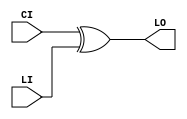
// This program was cloned from: https://github.com/jhshi/openofdm
// License: Apache License 2.0

// $Header: /devl/xcs/repo/env/Databases/CAEInterfaces/verunilibs/data/unisims/XORCY_L.v,v 1.6 2007/05/23 21:43:44 patrickp Exp $
///////////////////////////////////////////////////////////////////////////////
// Copyright (c) 1995/2004 Xilinx, Inc.
// All Right Reserved.
///////////////////////////////////////////////////////////////////////////////
//   ____  ____
//  /   /\/   /
// /___/  \  /    Vendor : Xilinx
// \   \   \/     Version : 10.1
//  \   \         Description : Xilinx Functional Simulation Library Component
//  /   /                  XOR for Carry Logic with Local Output
// /___/   /\     Filename : XORCY_L.v
// \   \  /  \    Timestamp : Thu Mar 25 16:43:42 PST 2004
//  \___\/\___\
//
// Revision:
//    03/23/04 - Initial version.
//    05/23/07 - Changed timescale to 1 ps / 1 ps.

`timescale  1 ps / 1 ps


module XORCY_L (LO, CI, LI);

    output LO;

    input  CI, LI;

	xor X1 (LO, CI, LI);


endmodule